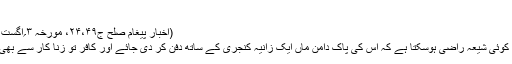
‘‘
(اخبار پیغام صلح ج۲۴،۴۹، مورخہ ۳؍اگست ۱۹۳۶ئ)
*… ’’کیا کوئی شیعہ راضی ہوسکتا ہے کہ اس کی پاک دامن ماں ایک زانیہ کنجری کے ساتھ دفن کر دی جائے اور کافر تو زنا کار سے بھی بدتر ہے۔